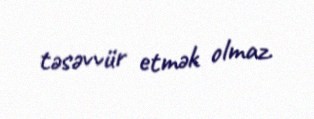
təsəvvür etmək olmaz.